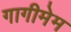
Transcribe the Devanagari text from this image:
गागीमेम